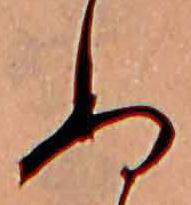
ぬ